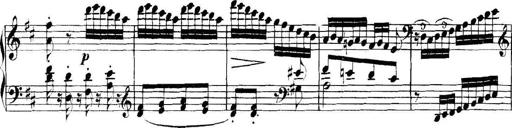
Title: Collected Piano Sonatas
Composer: Muzio Clementi